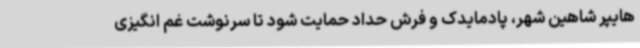
هایپر شاهین شهر، پادمایدک و فرش حداد حمایت شود تا سرنوشت غم انگیزی